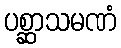
ပစ္ဆာသမဏံ